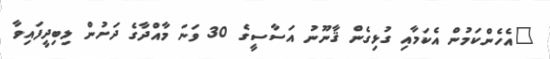
"އެހެންކަމުން އެކަމާއި ގުޅިގެން ޤާނޫނު އަސާސީގެ 30 ވަނަ މާއްދާގެ ދަށުން ލިބިދީފައިވާ